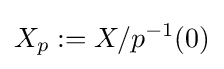
X_{p}:=X/p^{-1}(0)